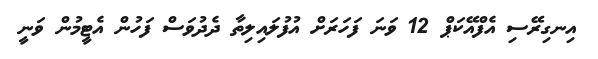
އިނގިރޭސި އެފްއޭކަޕް 12 ވަނަ ފަހަރަށް އުފުލައިލިތާ ދެދުވަސް ފަހުން އެޓީމުން ވަނީ